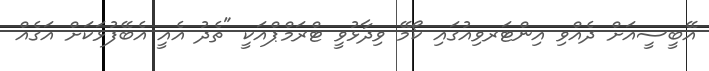
އޭބީސީއަށް ދެއްވި އިންޓަރވިއުގައި ކޯމޭ ވިދާޅުވީ ޓްރަމްޕްއަކީ "ތެދު އެއީ އެބޭފުޅަކަށް އަގެއް